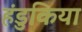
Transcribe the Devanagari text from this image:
हंडुकिया